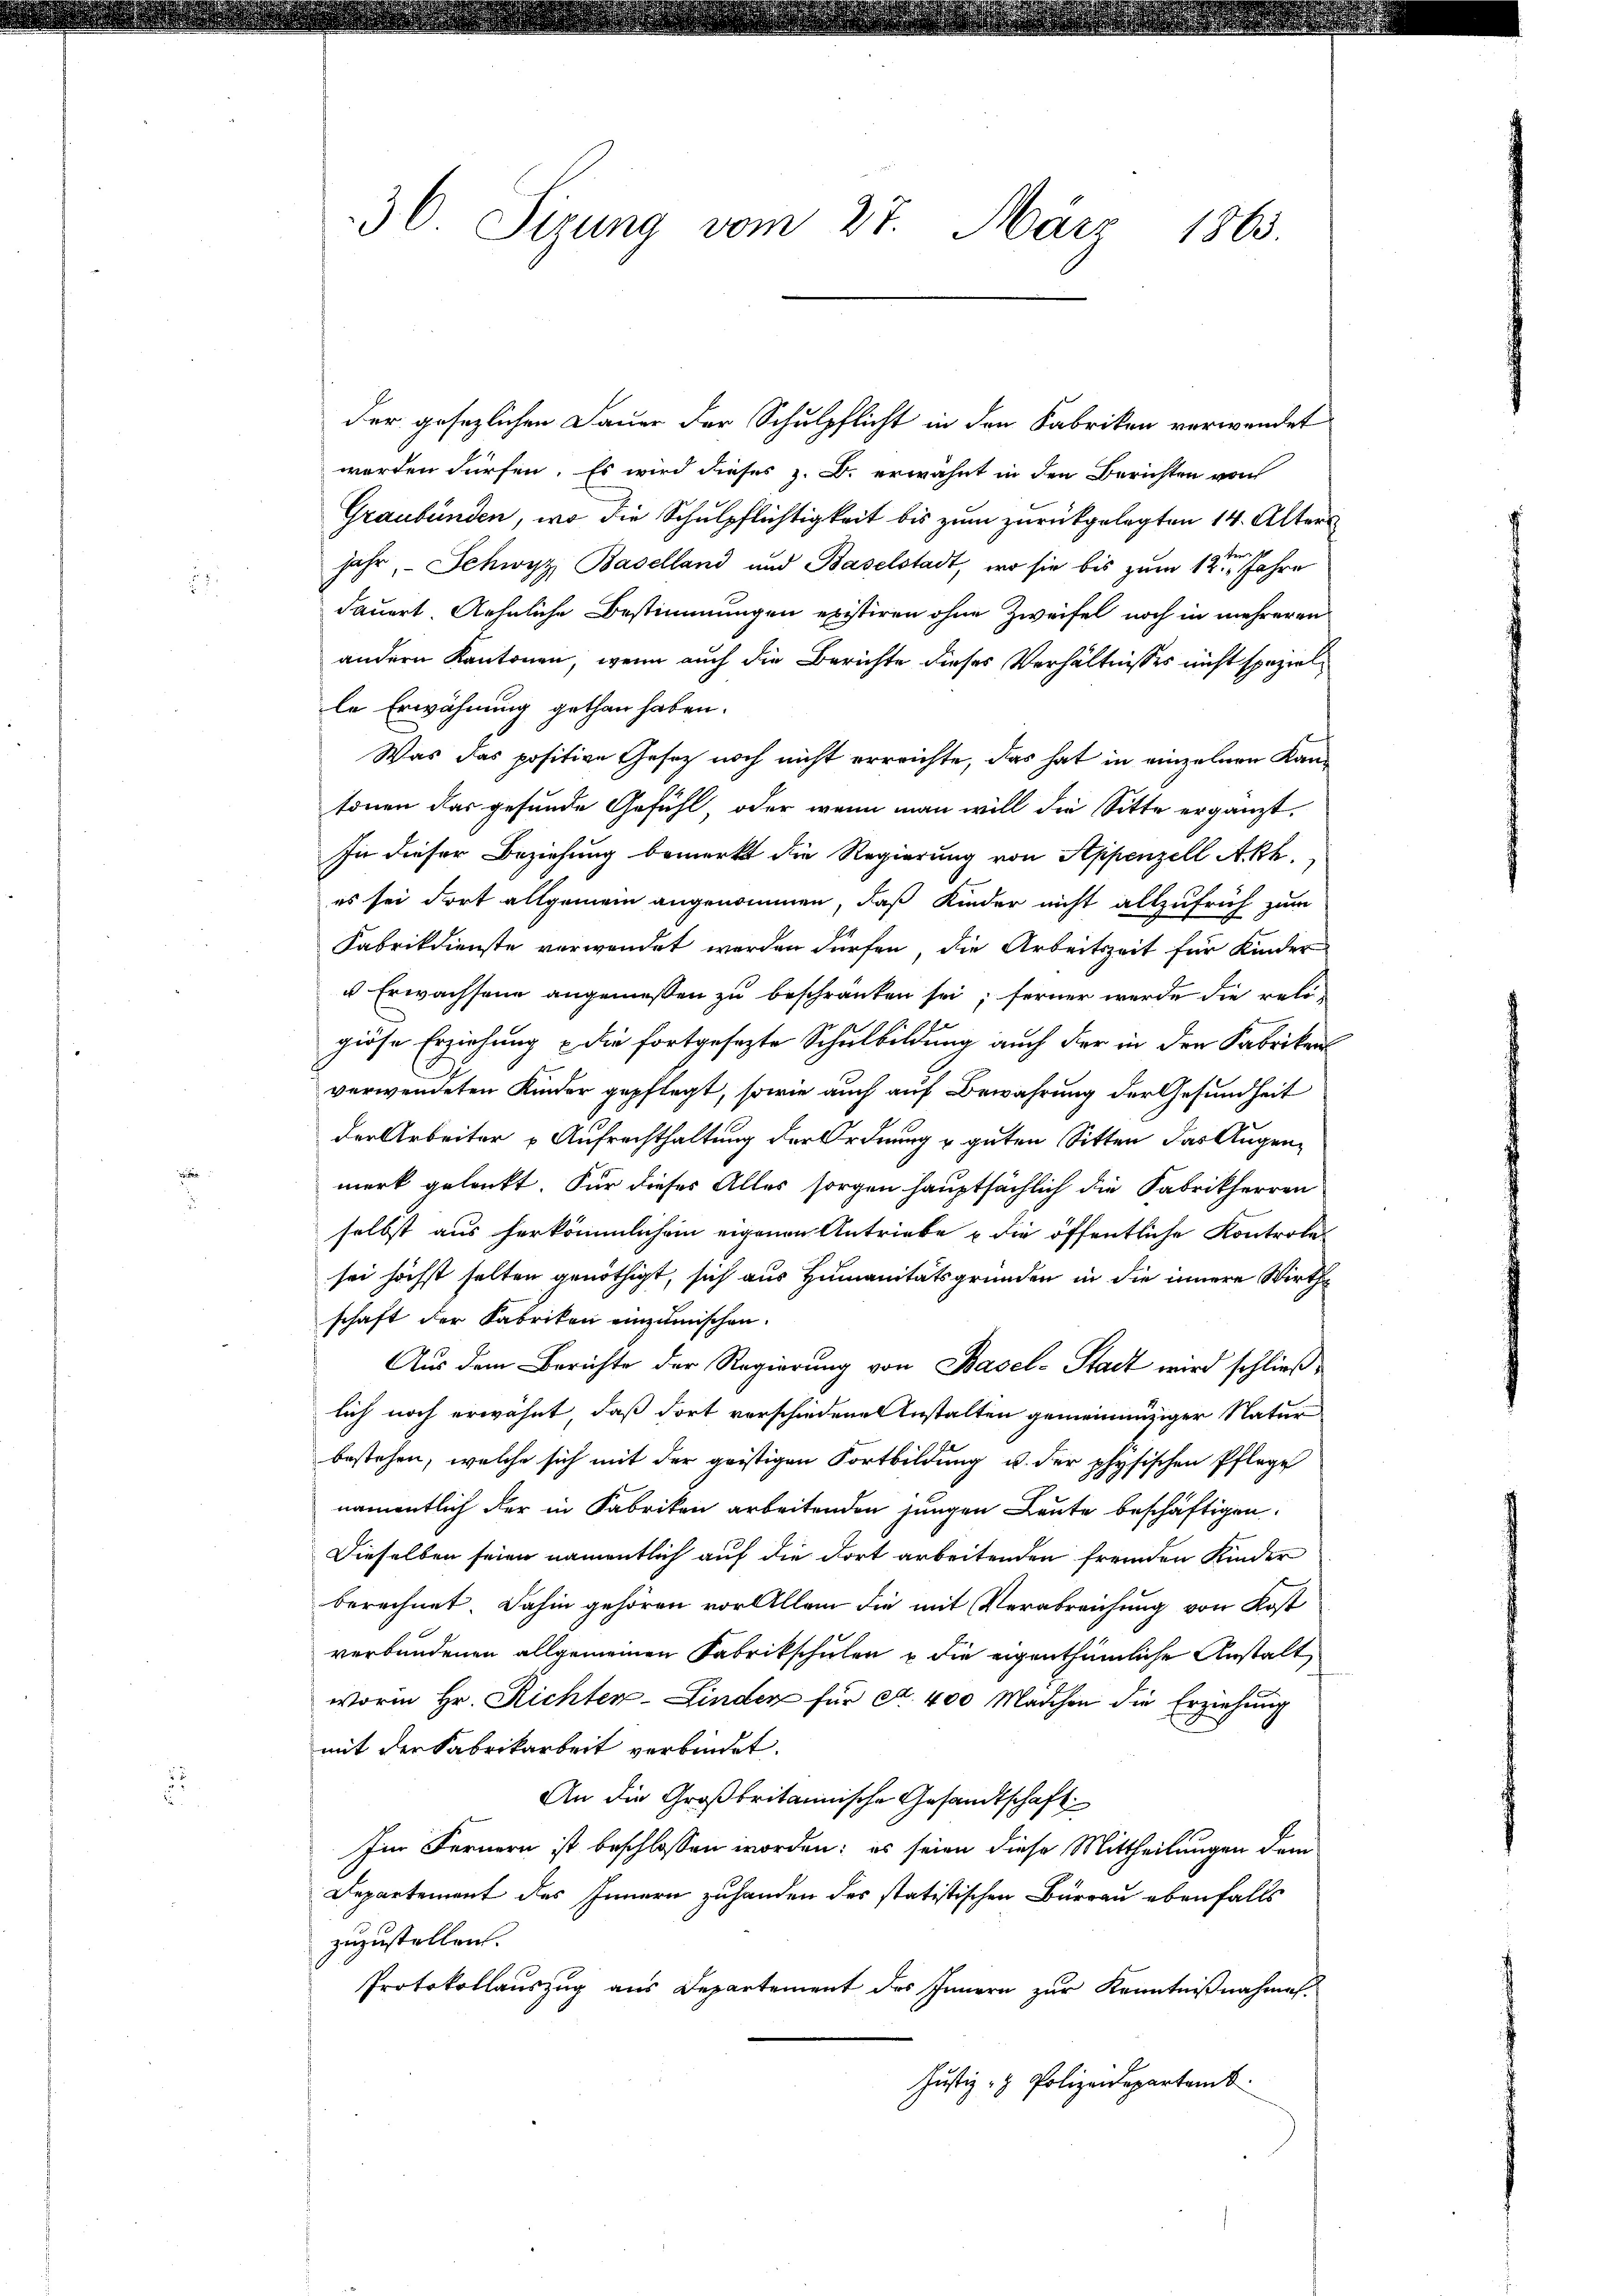
36 Sirung vom 27. März 1863.

der gesezlichen Dauer der Schulpflicht in den Fabriken verwendet
worden dürfen. Es wird dieses z. B. erwähnt in den Berichten von
Graubünden, wo die Schulpflichtigkeit bis zum zurückgelegten 14. Alters
jahr, Schwyz Baselland und Baselstadt, wo sie bis zum 12ten Jahre
dauert. Aehnliche Bestimmungen existiren ohne Zweifel noch in mehreren
andern Kantonen, wenn auch die Berichte dieses Verhältnisses nicht speziel
le Erwähnung gethan haben.
Was das positive Gesetz noch nicht erreichte, das hat in einzelnen Kantönen das gefunde Gefühl, oder wenn man will die Sitte ergänzt.
In dieser Beziehung bemerkt die Regierung von Appenzell Akt,
es sei dort allgemein angenommen, daß Kinder nicht allzufrüh zum
Fabrikdienste verwendet werden dürfen, die Arbeitszeit für Kinder
u Erwachsene angemeßen zu beschränken sei; ferner werde die religiöse Erziehung & die fortgesezte Schulbildung auch der in den Fabriken
verwendeten Kinder gepflegt, sowie auch auf Bewahrung der Gesundheit
der Arbeiter Aufrechthaltung der Ordnung u. guten Sitten das Augenmerk gelenkt. Für dieses Alles sorgen hauptsächlich die Fabrikherren
selbst aus herkömmlichem eigenen Antriebe u die öffentliche Kontrole
sei höchst selten genöthigt, sich aus Humanitätsgründen in die innere Wirths
schaft der Fabriken einzumischen.
Aus dem Berichte der Regierung von Basel-Stadt wird schließlich noch erwähnt, daß dort verschiedenes Anstalten gemeinnüziger Natur
bestehen, welche sich mit der geistigen Fortbildung u. der physischen Pflege
namentlich der in Fabriken arbeitenden jungen Leute beschäftigen.
Dieselben seien namentlich auf die dort arbeitenden fremden Kinder
berechnet. Dahin gehören vor Allem die mit Verabreichung von Kost
verbundenen allgemeinen Fabrikschulen u die eigenthümliche Anstalt
worin Hr. Richter-Linden für A. 400 Marchen die Erziehung
mit der Fabrikarbeit verbindet.
An die Großbritannische Gesandtschaft
Im Fernern ist beschlossen worden; es seien diese Mittheilungen dem
Departement des Innern zuhanden des statistischen Bürrau ebenfalls
zuzustellen.
Protokollauszug aus Departement des Innern zur Kenntnißnahmen.
Justiz- & Polizeidepartemb.